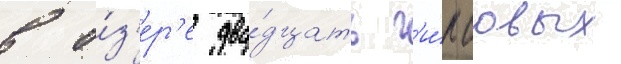
в о́з'ер'е два́дцать г'и́псовых